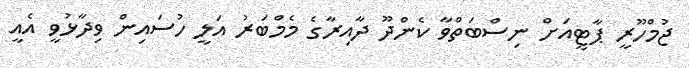
ޖުމްހޫރީ ޕާޓީއަށް ނިސްބަތްވާ ކެންދޫ ދާއިރާގެ މެމްބަރު އަލީ ހުސައިން ވިދާޅުވީ އެއީ